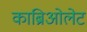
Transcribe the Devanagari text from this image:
काब्रिओलेट